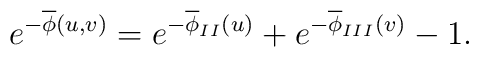
e^{-\overline{\phi}(u,v)}=e^{-\overline{\phi}_{II}(u)}+e^{-\overline{\phi}_{III}(v)}-1.